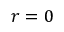
r = 0